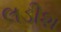
લડીશ